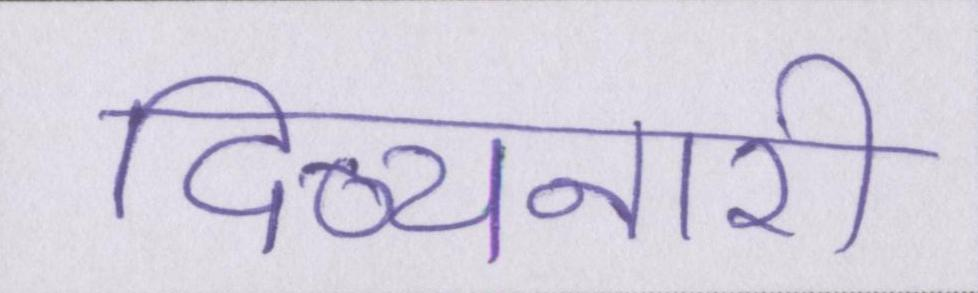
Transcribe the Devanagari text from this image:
दिव्यनारी